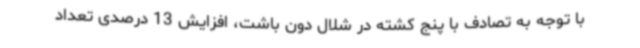
با توجه به تصادف با پنج کشته در شلال دون باشت، افزایش 13 درصدی تعداد